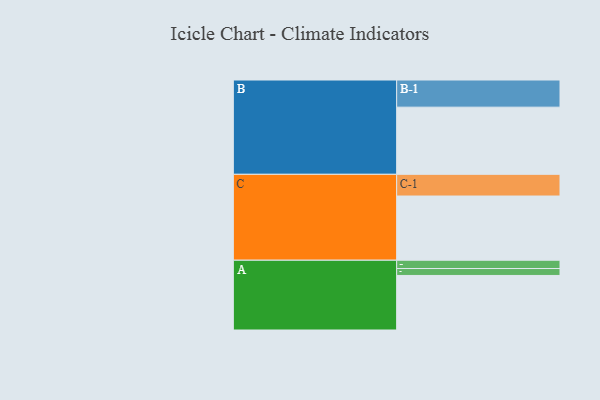
{"axis": {"x": "Segment", "y": "Value"}, "legend": ["", "A", "B", "C"], "data": [{"x": "A", "y": 480, "type": ""}, {"x": "B", "y": 591, "type": ""}, {"x": "C", "y": 565, "type": ""}, {"x": "A-1", "y": 73, "type": "A"}, {"x": "A-2", "y": 61, "type": "A"}, {"x": "B-1", "y": 239, "type": "B"}, {"x": "C-1", "y": 191, "type": "C"}]}